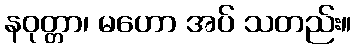
နဝုတ္တာ၊ မဟော အပ် သတည်း။